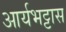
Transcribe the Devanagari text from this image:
आर्यभट्टास